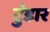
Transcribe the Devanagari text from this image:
टुंडार